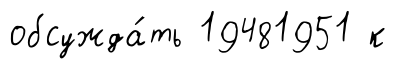
обсужда́ть 19481951 к